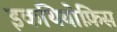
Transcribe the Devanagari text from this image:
इकथियोफ़िस